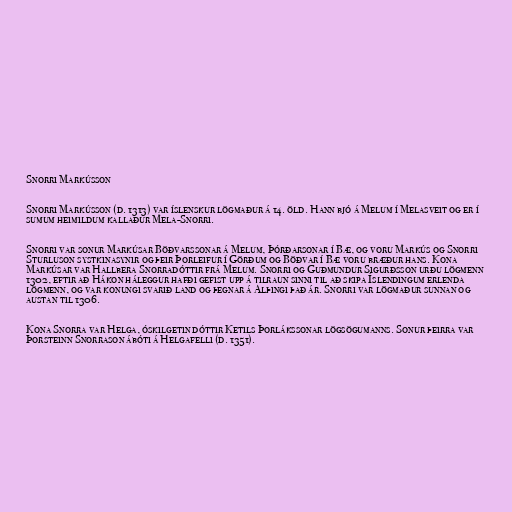
Snorri Markússon

Snorri Markússon (d. 1313) var íslenskur lögmaður á 14. öld. Hann bjó á Melum í Melasveit og er í
sumum heimildum kallaður Mela-Snorri.

Snorri var sonur Markúsar Böðvarssonar á Melum, Þórðarsonar í Bæ, og voru Markús og Snorri
Sturluson systkinasynir og þeir Þorleifur í Görðum og Böðvar í Bæ voru bræður hans. Kona
Markúsar var Hallbera Snorradóttir frá Melum. Snorri og Guðmundur Sigurðsson urðu lögmenn
1302, eftir að Hákon háleggur hafði gefist upp á tilraun sinni til að skipa Íslendingum erlenda
lögmenn, og var konungi svarið land og þegnar á Alþingi það ár. Snorri var lögmaður sunnan og
austan til 1306.

Kona Snorra var Helga, óskilgetin dóttir Ketils Þorlákssonar lögsögumanns. Sonur þeirra var
Þorsteinn Snorrason ábóti á Helgafelli (d. 1351).